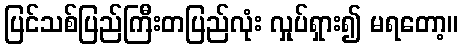
ပြင်သစ်ပြည်ကြီးတပြည်လုံး လှုပ်ရှား၍ မရတော့။